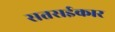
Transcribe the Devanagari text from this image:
सतसईकार